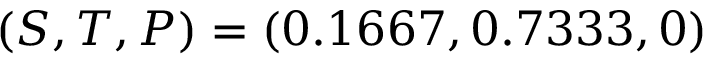
( S , T , P ) = ( 0 . 1 6 6 7 , 0 . 7 3 3 3 , 0 )